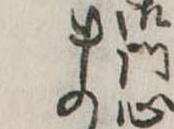
ま